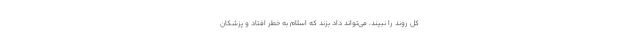
کل روند را نبیند، می‌تواند داد بزند که اسلام به خطر افتاد و پزشکان